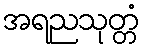
အရညသုတ္တံ